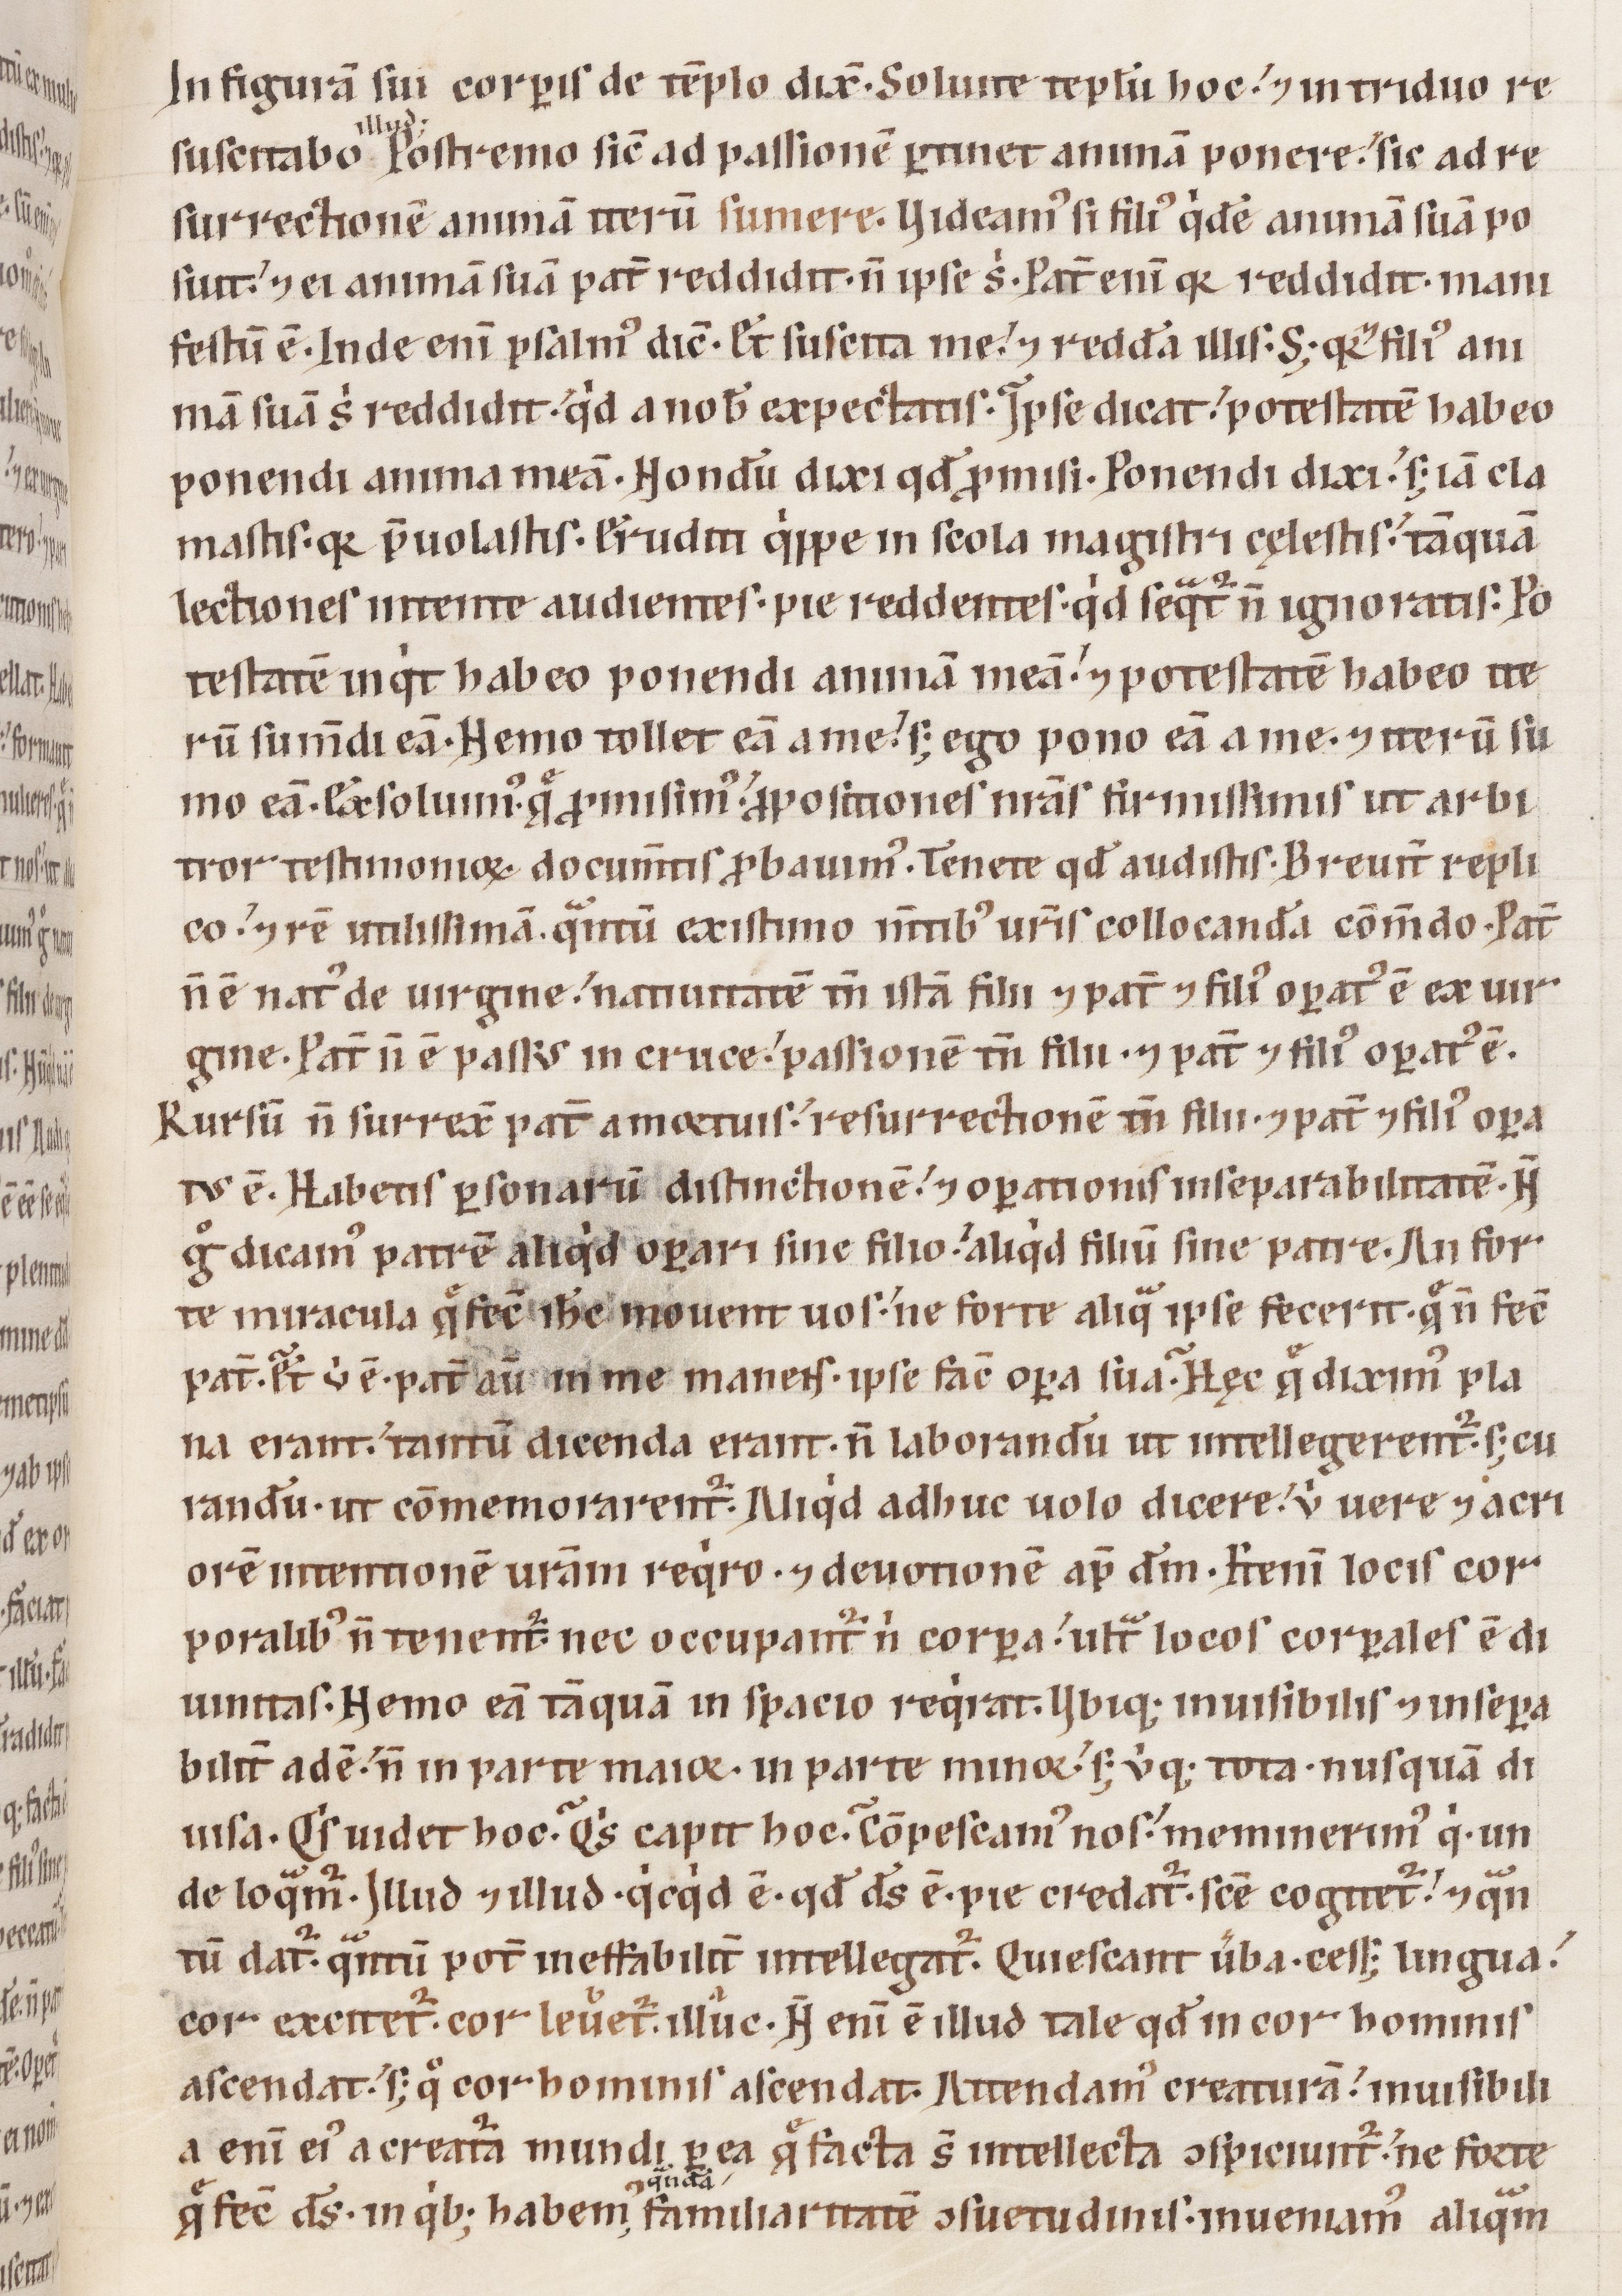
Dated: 1100–1199